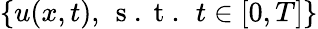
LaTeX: \{ u(x,t),\, \mathrm{~s~.~t~.~}\, t\in[0,T]\}